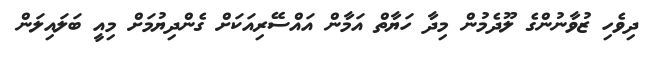
ދިވެހި ޒުވާނުންގެ ލޫދެމުން މިދާ ހަޔާތް އަމާން އައްސޭރިއަކަށް ގެންދިޔުމަށް މިއީ ބަލައިލަން